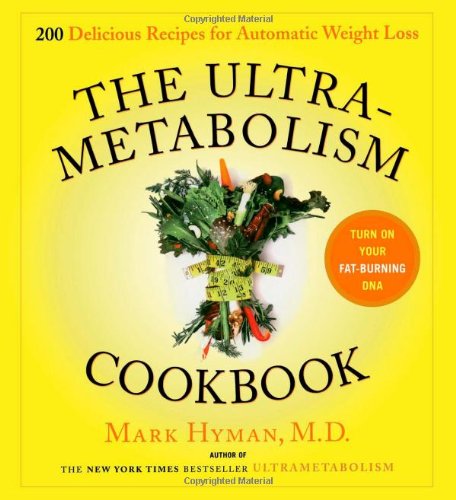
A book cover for The UltraMetabolism Cookbook: 200 Delicious Recipes that Will Turn on Your Fat-Burning DNA; M.D. Mark Hyman; Cookbooks, Food & Wine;